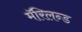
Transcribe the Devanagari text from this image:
मॅरिलन्ड